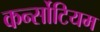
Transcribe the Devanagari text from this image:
कर्न्सोटियम